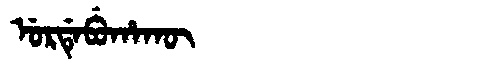
Manchu: ᡠᡵᡩᡝᠪᡠᡥᠠᡴᡡ
Romanization: URDEBUHAKŪ